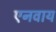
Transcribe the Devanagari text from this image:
एनवाय